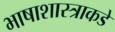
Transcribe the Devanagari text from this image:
भाषाशास्त्राकडे